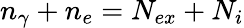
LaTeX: n_{\gamma}+n_{e}=N_{ex}+N_{i}